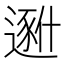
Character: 𱑐